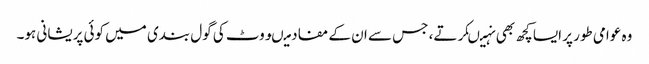
وہ عوامی طور پر ایسا کچھ بھی نہیںکرتے، جس سے ان کے مفاد میںووٹ کی گول بندی میں کوئی پریشانی ہو۔